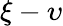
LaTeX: \xi-\upsilon